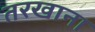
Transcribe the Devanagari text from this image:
तरखाना